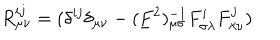
LaTeX: R _ { \mu \nu } ^ { i j } = ( \delta ^ { i j } \delta _ { \mu \nu } - ( \underline { { { F } } } ^ { 2 } ) _ { \mu \sigma } ^ { - 1 } F _ { \sigma \lambda } ^ { i } F _ { \lambda \nu } ^ { j } )